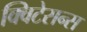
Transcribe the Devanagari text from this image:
क्विटेसन्स